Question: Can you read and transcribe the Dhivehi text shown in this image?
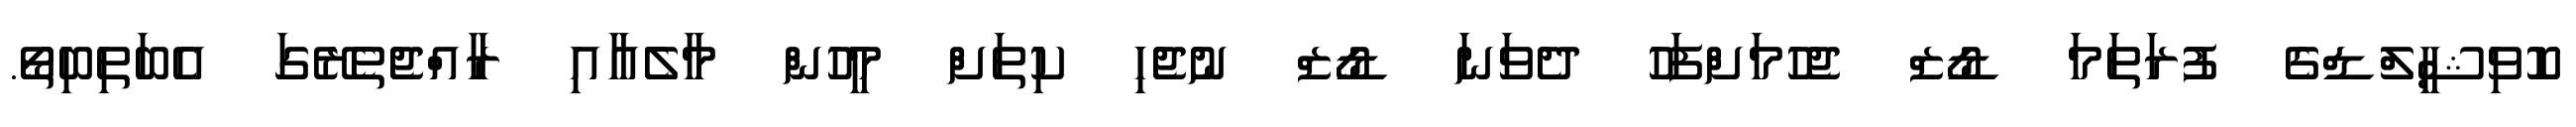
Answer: ކޮވިޝީލްޑްގެ ފުރަތަމަ ޑޯޒް ޖެހުމަށްފަހު ދެވަނަ ޑޯޒް ނުޖެހި ކިތަށް މީހުން މާލެއާއި ރާއްޖެތެރޭގަ އެބަތިބިތޯ.